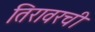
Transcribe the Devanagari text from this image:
तिरावरची